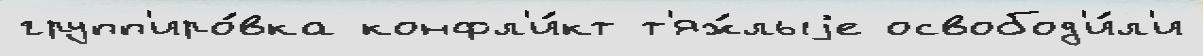
групп'иро́вка конфл'и́кт т'яж́лыjе освобод'и́л'и